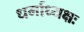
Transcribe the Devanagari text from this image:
धर्माध्यक्षः